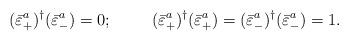
LaTeX: \begin{align*}(\bar{\varepsilon}^{a}_+)^{\dagger}(\bar{\varepsilon}^{a}_-) = 0;\hskip 1.0cm (\bar{\varepsilon}^{a}_+)^{\dagger}(\bar{\varepsilon}^{a}_+) =(\bar{\varepsilon}^{a}_-)^{\dagger}(\bar{\varepsilon}^{a}_-) = 1.\end{align*}